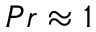
P r \approx 1